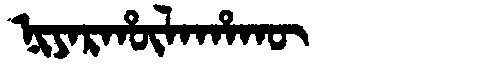
Manchu: ᠨᡳᠶᠠᡵᡥᡡᠯᠠᡥᠠᡴᡡ
Romanization: NIYARHŪLAHAKŪ